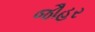
જૌહર